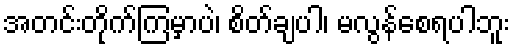
အတင်းတိုက်ကြမှာပဲ၊ စိတ်ချပါ၊ မလွန်စေရပါဘူး